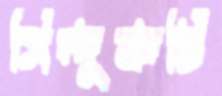
সিন্দুকটি